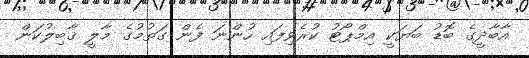
އާބާދީގެ ބޮޑު ބަޔަކީ އިމްޕޯޓު ކުރެވިފައި ހުންނަ ފެން ގަތުމުގެ މާލީ ޤާބިލުކަން